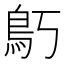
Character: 𱈝